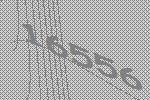
16556